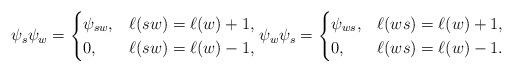
LaTeX: \begin{align*}\psi_{s}\psi_w=\begin{cases}\psi_{sw},&\ell(sw)=\ell(w)+1,\\0,&\ell(sw)=\ell(w)-1,\end{cases}\psi_{w}\psi_s=\begin{cases}\psi_{ws},&\ell(ws)=\ell(w)+1,\\0,&\ell(ws)=\ell(w)-1.\end{cases}\end{align*}